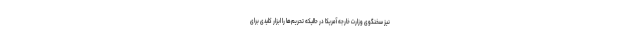
نیز سخنگوی وزارت خارجه آمریکا در حالیکه تحریم‌ها را ابزار کلیدی برای